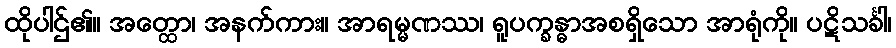
ထိုပါဌ်၏။ အတ္ထော၊ အနက်ကား။ အာရမ္မဏဿ၊ ရူပက္ခန္ဓာအစရှိသော အာရုံကို။ ပဋိသင်္ခါ၊